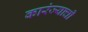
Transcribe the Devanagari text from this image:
कारंज्याची